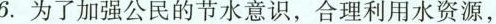
6.为了加强公民的节水意识，合理利用水资源，